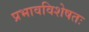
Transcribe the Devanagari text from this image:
प्रभावविशेषतः